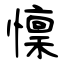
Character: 懍